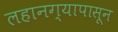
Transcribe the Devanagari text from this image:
लहानग्यापासून